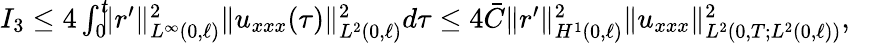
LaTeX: \begin{array}{r}{I_{3}\leq 4\int_{0}^{t}\! \! \! \Vert r^{\prime}\Vert_{L^{\infty}(0,\ell)}^{2}\Vert u_{xxx}(\tau)\Vert_{L^{2}(0,\ell)}^{2}d\tau\leq 4\bar{C}\Vert r^{\prime}\Vert_{H^{1}(0,\ell)}^{2}\Vert u_{xxx}\Vert_{L^{2}(0,T;L^{2}(0,\ell))}^{2},~~}\end{array}